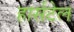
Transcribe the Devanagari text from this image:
हार्सटेल